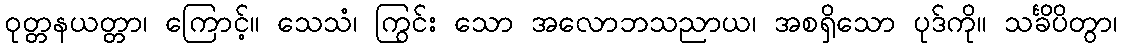
ဝုတ္တနယတ္တာ၊ ကြောင့်။ သေသံ၊ ကြွင်း သော အလောဘသညာယ၊ အစရှိသော ပုဒ်ကို။ သင်္ခိပိတွာ၊